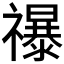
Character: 𮂡